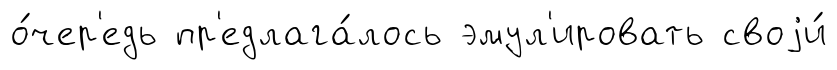
о́чер'едь пр'едлага́лось эмул'ировать своjи́